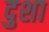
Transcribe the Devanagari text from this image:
दुशा